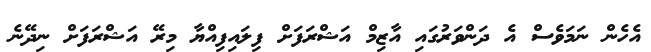
އެހެން ނަމަވެސް އެ ދަންވަރުގައި އާޒިމް އަޝްރަފަށް ފިލައިފިއްޔާ މިރޭ އަޝްރަފަށް ނިދޭނެ